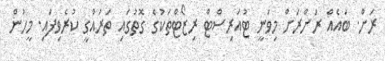
ރަށް. ބައެއް ރަށްރަށް މިވަނީ ޓުއަރިސްޓް ރިޒޯޓްތަކުގެ ގޮތުގައި ތަރައްގީ ކުރެވިފައި. މީހުން